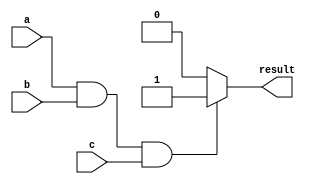
module if_else_example (
    input a,
    input b,
    input c,
    output reg result
);

always @* begin
    if (a && b && c) begin
        // statements to be executed if conditions are met
        result = 1;
    end else begin
        // statements to be executed if conditions are not met
        result = 0;
    end
end

endmodule